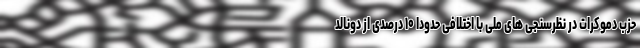
حزب دموکرات در نظرسنجی های ملی با اختلافی حدودا ۱۰ درصدی از دونالد